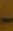
-